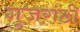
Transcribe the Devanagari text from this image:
गुजराठी